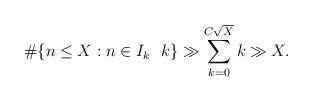
LaTeX: \begin{align*}\#\{n\leq X: n\in I_k\ \ k\}\gg \sum_{k=0}^{C\sqrt{X}}k\gg X.\end{align*}